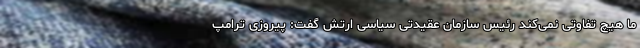
ما هیچ تفاوتی نمی‌کند رئیس سازمان عقیدتی سیاسی ارتش گفت: پیروزی ترامپ